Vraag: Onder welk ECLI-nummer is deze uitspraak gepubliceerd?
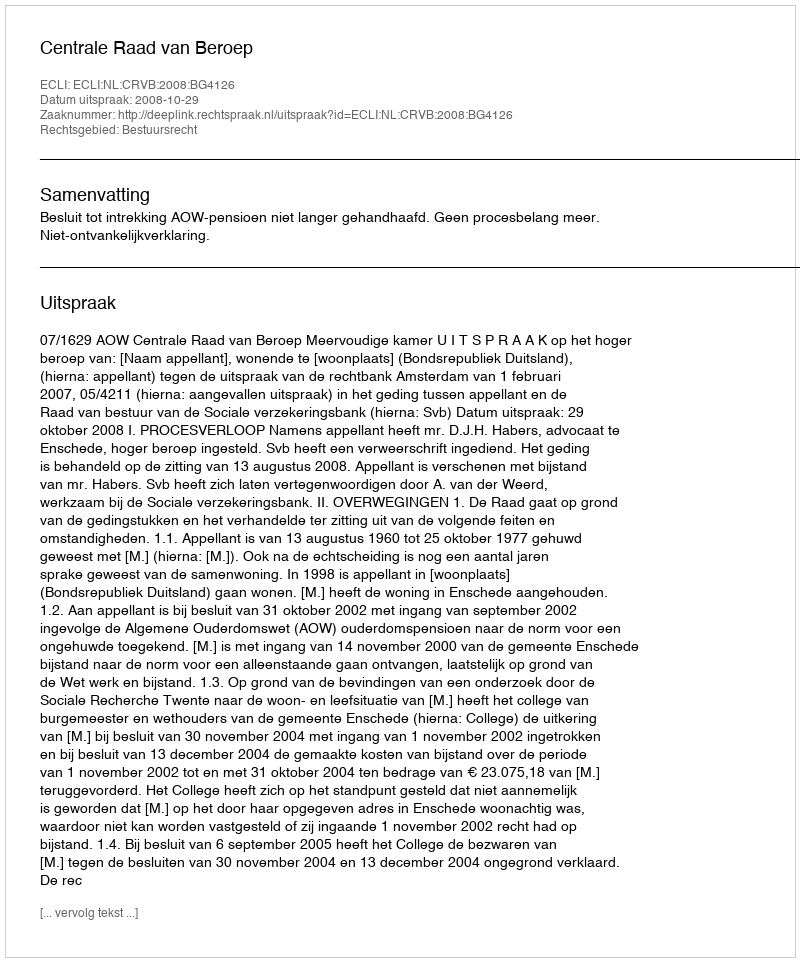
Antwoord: ECLI:NL:CRVB:2008:BG4126